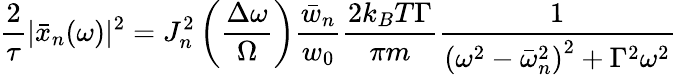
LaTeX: \frac{2}{\tau}|\bar{x}_{n}(\omega)|^{2}=J_{n}^{2}\left(\frac{\Delta\omega}{\Omega}\right)\frac{\bar{w}_{n}}{w_{0}}\frac{2k_{B}T\Gamma}{\pi m}\frac{1}{\left(\omega^{2}-\bar{\omega}_{n}^{2}\right)^{2}+\Gamma^{2}\omega^{2}}